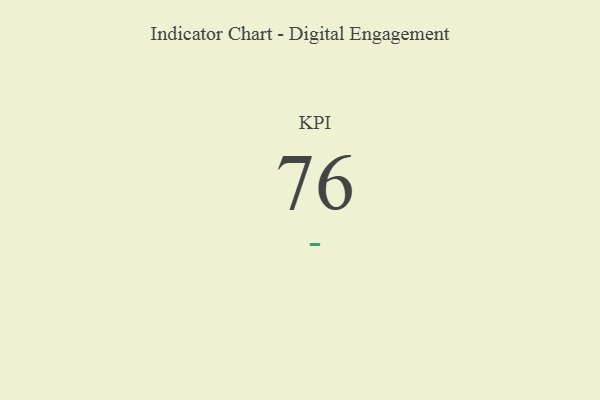
{"axis": {"x": "KPI", "y": "Value"}, "legend": [""], "data": [{"x": "KPI", "y": 76, "type": ""}]}